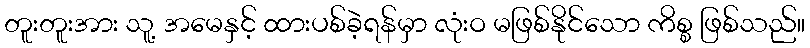
တူးတူးအား သူ့ အမေနှင့် ထားပစ်ခဲ့ရန်မှာ လုံးဝ မဖြစ်နိုင်သော ကိစ္စ ဖြစ်သည်။